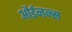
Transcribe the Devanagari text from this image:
और्डनन्स